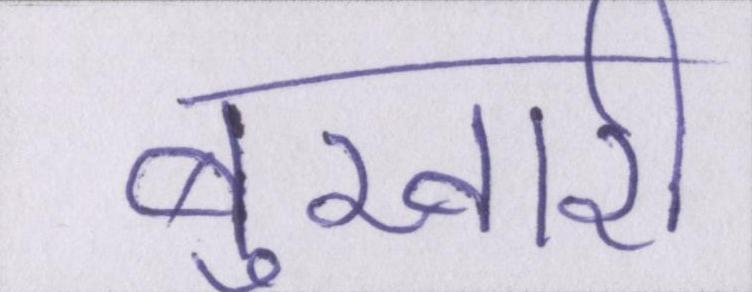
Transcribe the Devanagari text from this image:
बुखारी